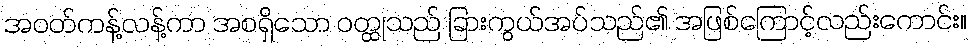
အဝတ်ကန့်လန့်ကာ အစရှိသော ဝတ္ထုသည် ခြားကွယ်အပ်သည်၏ အဖြစ်ကြောင့်လည်းကောင်း။